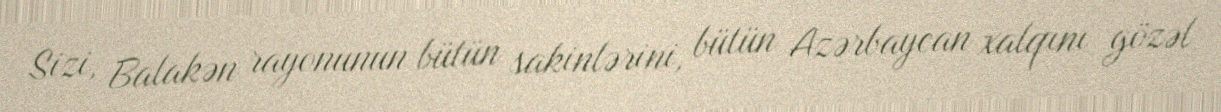
Sizi, Balakən rayonunun bütün sakinlərini, bütün Azərbaycan xalqını gözəl